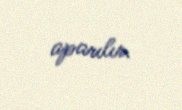
aparılır.